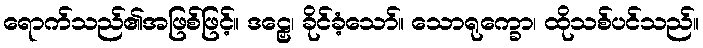
ရောက်သည်၏အဖြစ်ဖြင့်။ ဒဠှေ၊ ခိုင်ခံ့သော်။ သောရုက္ခော၊ ထိုသစ်ပင်သည်။